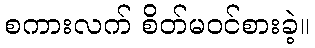
စကားလက် စိတ်မဝင်စားခဲ့။